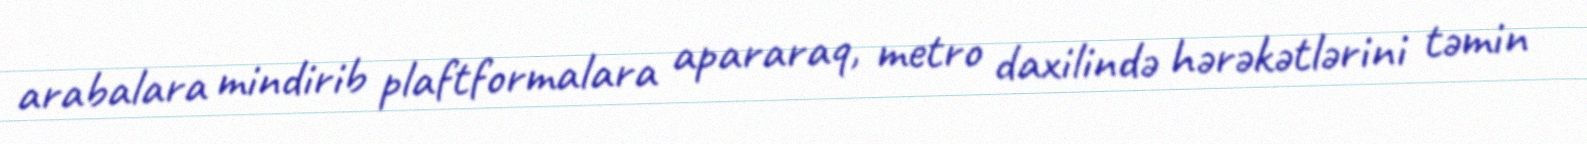
arabalara mindirib plaftformalara apararaq, metro daxilində hərəkətlərini təmin